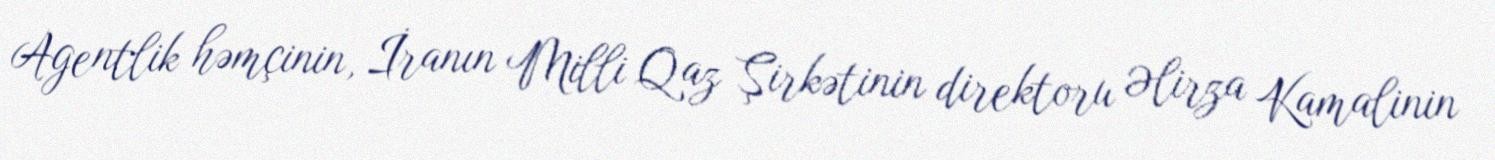
Agentlik həmçinin, İranın Milli Qaz Şirkətinin direktoru Əlirza Kamalinin